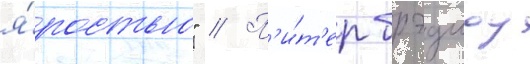
я́ростью" // П'и́т'ер брэдшоу